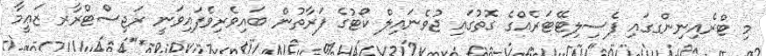
މި ޓްރެއިނިންގގައި ފެސިލިޓޭޓަރެއްގެ ގޮތުގައި ޖުވެނައިލް ކޯޓުގެ ފަރާތުން ބައިވެރިވެފައިވަނީ ރަޖިސްޓްރާރ ޒަޢީމާ